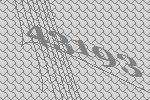
43193